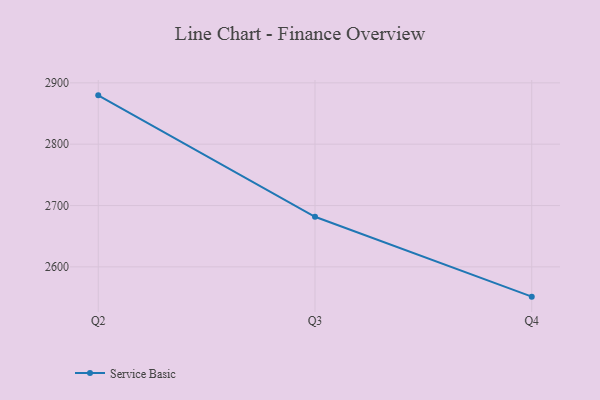
{"axis": {"x": "Quarter", "y": "Budget (USD K)"}, "legend": ["Service Basic"], "data": [{"x": "Q2", "y": 2879.6, "type": "Service Basic"}, {"x": "Q3", "y": 2681.7, "type": "Service Basic"}, {"x": "Q4", "y": 2551.5, "type": "Service Basic"}]}